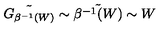
\tilde { G _ { \beta ^ { - 1 } ( W ) } } \sim \tilde { \beta ^ { - 1 } ( W ) } \sim W